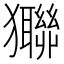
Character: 㺦